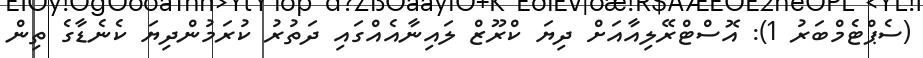
(ސެޕްޓެމްބަރު 1): އޮސްޓްރޭލިއާއަށް ދިޔަ ކްރޫޒް ލައިނާއެއްގައި ދަތުރު ކުރަމުންދިޔަ ކެނެޑާގެ ތިން